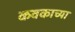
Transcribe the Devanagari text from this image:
कवकाच्या